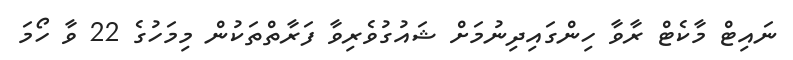
ނައިޓް މާކެޓް ރާވާ ހިންގައިދިނުމަށް ޝައުގުވެރިވާ ފަރާތްތަކުން މިމަހުގެ 22 ވާ ހޯމަ